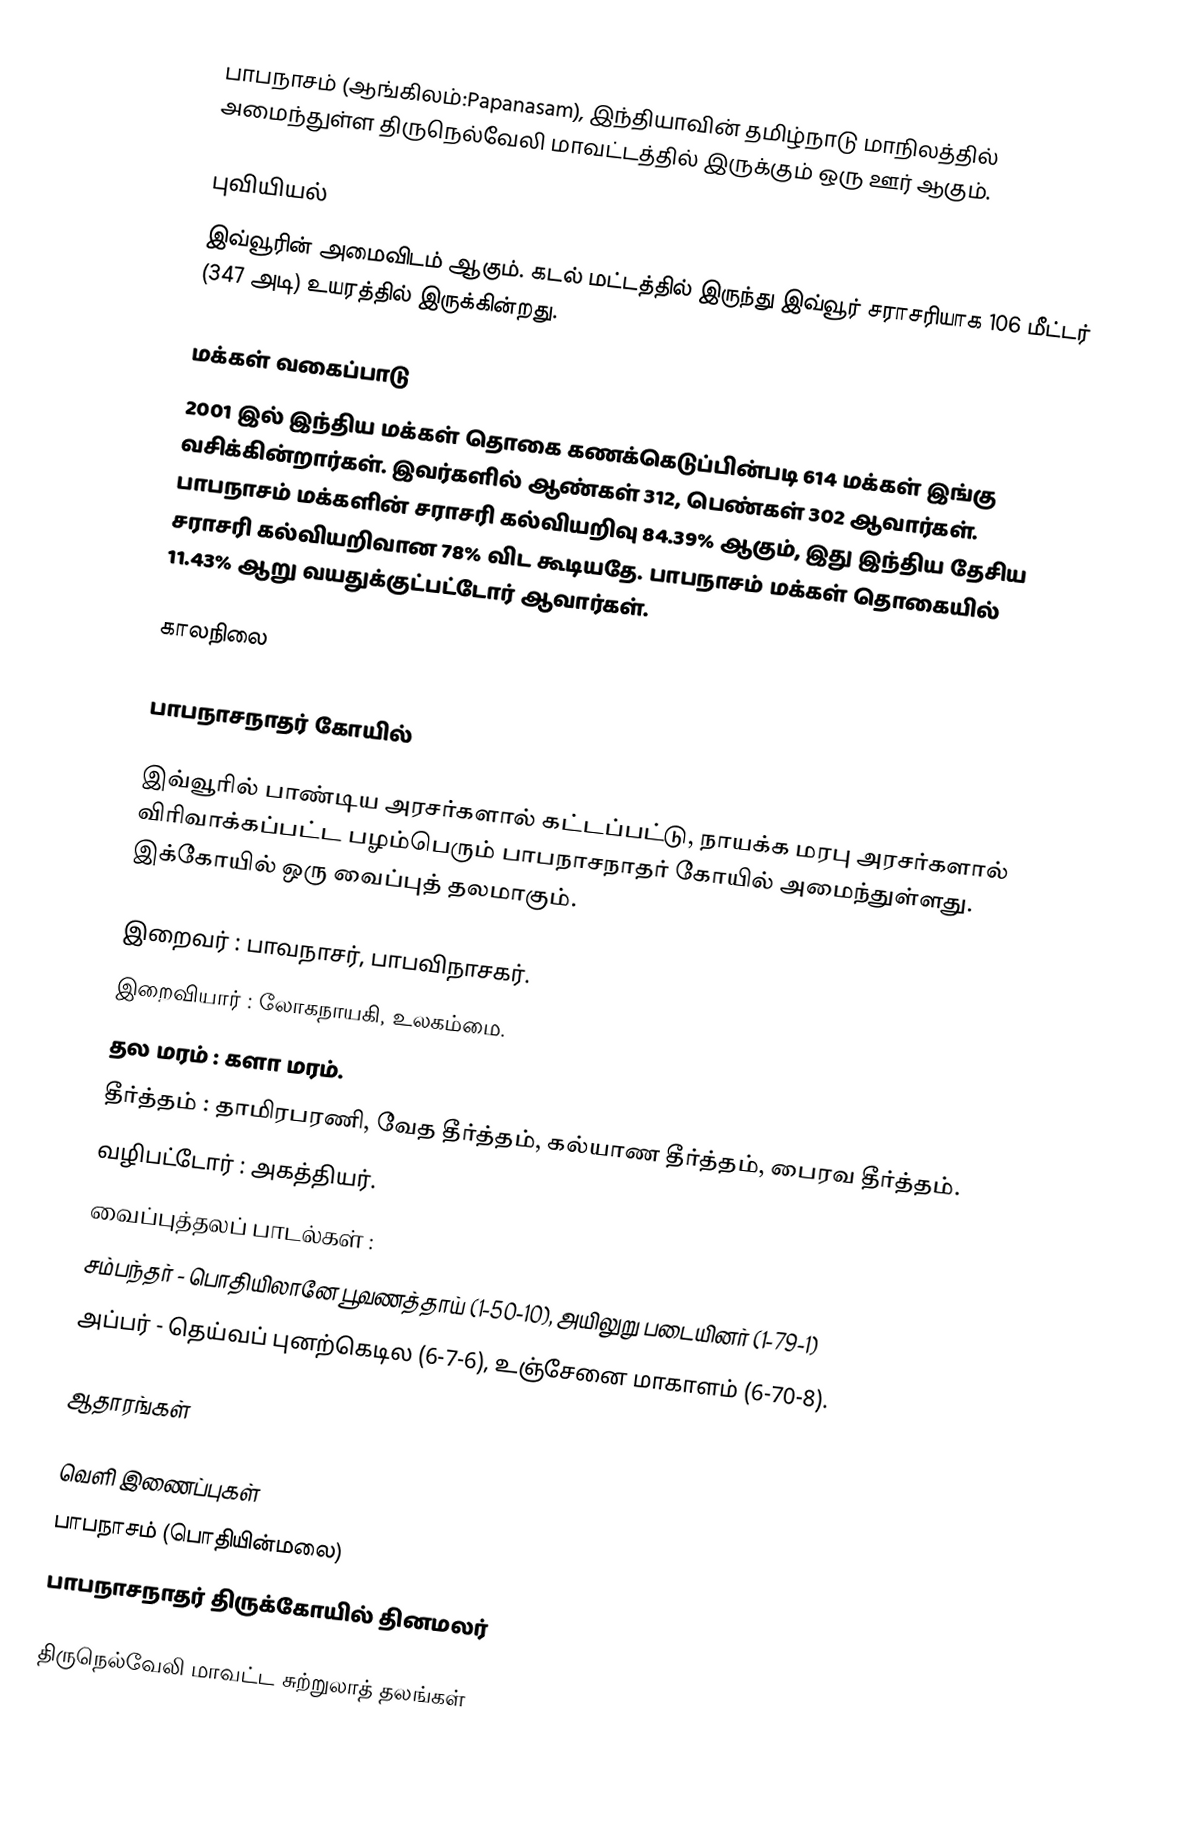
பாபநாசம் (ஆங்கிலம்:Papanasam), இந்தியாவின் தமிழ்நாடு மாநிலத்தில் அமைந்துள்ள திருநெல்வேலி மாவட்டத்தில் இருக்கும் ஒரு ஊர் ஆகும்.

புவியியல்
இவ்வூரின் அமைவிடம்  ஆகும். கடல் மட்டத்தில் இருந்து இவ்வூர் சராசரியாக 106 மீட்டர் (347 அடி) உயரத்தில் இருக்கின்றது.

மக்கள் வகைப்பாடு
2001 இல் இந்திய மக்கள் தொகை கணக்கெடுப்பின்படி 614 மக்கள் இங்கு வசிக்கின்றார்கள். இவர்களில் ஆண்கள் 312, பெண்கள் 302  ஆவார்கள். பாபநாசம் மக்களின் சராசரி கல்வியறிவு 84.39% ஆகும்,  இது இந்திய தேசிய சராசரி கல்வியறிவான 78% விட கூடியதே. பாபநாசம் மக்கள் தொகையில் 11.43%  ஆறு வயதுக்குட்பட்டோர் ஆவார்கள்.

காலநிலை

பாபநாசநாதர் கோயில்

இவ்வூரில் பாண்டிய அரசர்களால் கட்டப்பட்டு, நாயக்க மரபு அரசர்களால் விரிவாக்கப்பட்ட பழம்பெரும் பாபநாசநாதர் கோயில் அமைந்துள்ளது. இக்கோயில் ஒரு வைப்புத் தலமாகும்.

இறைவர்  : பாவநாசர், பாபவிநாசகர்.
இறைவியார்  : லோகநாயகி, உலகம்மை.
தல மரம்   : களா மரம்.
தீர்த்தம்    : தாமிரபரணி, வேத தீர்த்தம், கல்யாண தீர்த்தம், பைரவ தீர்த்தம்.
வழிபட்டோர்   : அகத்தியர்.
வைப்புத்தலப் பாடல்கள்  :
சம்பந்தர் - பொதியிலானே பூவணத்தாய் (1-50-10), அயிலுறு படையினர் (1-79-1)
அப்பர் - தெய்வப் புனற்கெடில (6-7-6), உஞ்சேனை மாகாளம் (6-70-8).

ஆதாரங்கள்

வெளி இணைப்புகள்
பாபநாசம் (பொதியின்மலை)
பாபநாசநாதர் திருக்கோயில் தினமலர்

திருநெல்வேலி மாவட்ட சுற்றுலாத் தலங்கள்